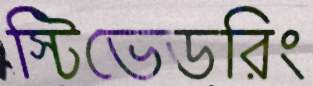
স্টিভেডরিং